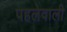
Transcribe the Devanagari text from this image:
पहलेवाली